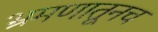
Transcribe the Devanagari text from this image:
भ्रमणातूनच